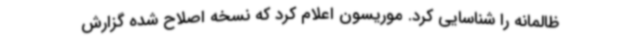
ظالمانه را شناسایی کرد. موریسون اعلام کرد که نسخه اصلاح شده گزارش